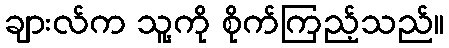
ချားလ်က သူ့ကို စိုက်ကြည့်သည်။